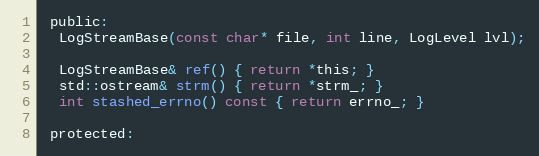
Language: C
 public:
  LogStreamBase(const char* file, int line, LogLevel lvl);

  LogStreamBase& ref() { return *this; }
  std::ostream& strm() { return *strm_; }
  int stashed_errno() const { return errno_; }

 protected: